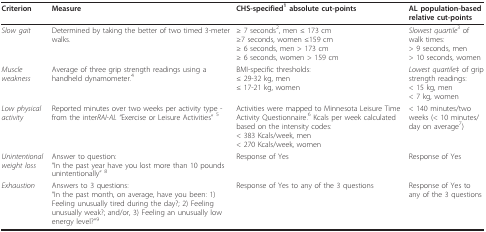
<table><thead><tr><td><b>Criterion</b></td><td><b>Measure</b></td><td><b>CHS-specified<sup>1 </sup>absolute cut-points</b></td><td><b>AL population-based relative cut-points</b></td></tr></thead><tbody><tr><td><i>Slow gait</i></td><td>Determined by taking the better of two timed 3-meter walks.</td><td>≥ 7 seconds<sup>2</sup>, men ≤ 173 cm≥7 seconds, women ≤159 cm≥ 6 seconds, men &gt; 173 cm≥ 6 seconds, women &gt; 159 cm</td><td><i>Slowest quartile</i><sup>3 </sup>of walk times:&gt; 9 seconds, men&gt; 10 seconds, women</td></tr><tr><td><i>Muscle weakness</i></td><td>Average of three grip strength readings using a handheld dynamometer.<sup>4</sup></td><td>BMI-specific thresholds:≤ 29-32 kg, men≤ 17-21 kg, women</td><td><i>Lowest quartile</i>‡ of grip strength readings:&lt; 15 kg, men&lt; 7 kg, women</td></tr><tr><td><i>Low physical activity</i></td><td>Reported minutes over two weeks per activity type - from the inter<i>RAI-AL &quot;</i>Exercise or Leisure Activities&quot; <sup>5</sup></td><td>Activities were mapped to Minnesota Leisure Time Activity Questionnaire.<sup>6 </sup>Kcals per week calculated based on the intensity codes:&lt; 383 Kcals/week, men&lt; 270 Kcals/week, women</td><td>&lt; 140 minutes/two weeks (&lt; 10 minutes/day on average<sup>7</sup>)</td></tr><tr><td><i>Unintentional weight loss</i></td><td>Answer to question:&quot;In the past year have you lost more than 10 pounds unintentionally&quot; <sup>8</sup></td><td>Response of Yes</td><td>Response of Yes</td></tr><tr><td><i>Exhaustion</i></td><td>Answers to 3 questions:&quot;In the past month, on average, have you been: 1) Feeling unusually tired during the day?; 2) Feeling unusually weak?; and/or, 3) Feeling an unusually low energy level?&quot;<sup>9</sup></td><td>Response of Yes to any of the 3 questions</td><td>Response of Yes to any of the 3 questions</td></tr></tbody></table>